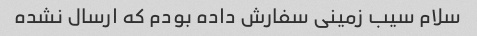
سلام سیب زمینی سفارش داده بودم که ارسال نشده